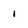
Character: 1